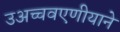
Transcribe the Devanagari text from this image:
उअच्चवएणीयाने